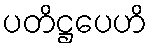
ပတိဋ္ဌပေဟိ